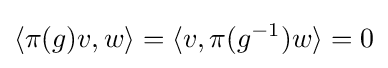
\langle \pi (g)v,w\rangle =\langle v,\pi (g^{-1})w\rangle =0